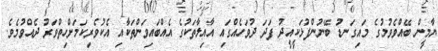
ޔާމީން ބޭއްވެވުމުގެ މައިގަނޑު ބޭނުންފުޅަކީއީދު ފަދަ ދުވަހެއްގައި އާއިލާތަކުގެ އެއްބައިވަންތަކާއި އެކުވެރިކަމަށްހިތްވަރު ދެއްވުމެވެ.